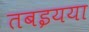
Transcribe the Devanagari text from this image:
तबइयया